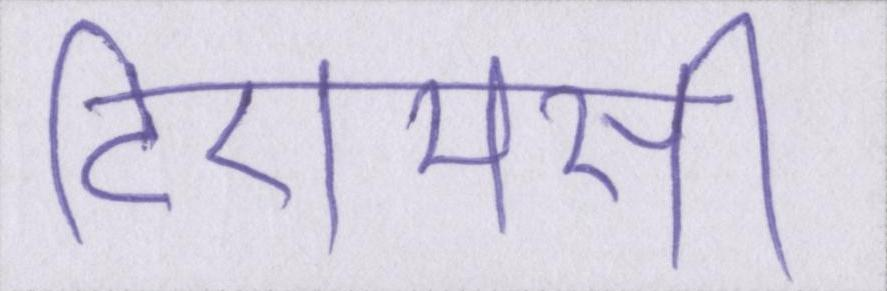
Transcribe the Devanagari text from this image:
टीएमसी